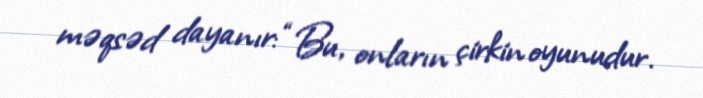
məqsəd dayanır: “Bu, onların çirkin oyunudur.